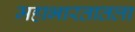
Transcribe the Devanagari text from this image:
महाभारतातला